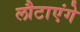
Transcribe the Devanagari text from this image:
लौटाएंगे